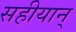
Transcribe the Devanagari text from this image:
सहीयान्